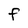
Character: f